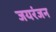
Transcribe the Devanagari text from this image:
जयरंजन